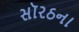
સૉરઠના